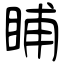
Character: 䀯